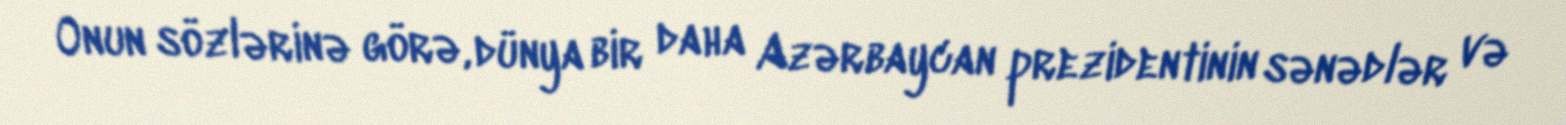
Onun sözlərinə görə, dünya bir daha Azərbaycan prezidentinin sənədlər və